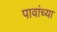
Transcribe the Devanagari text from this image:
पावांच्या